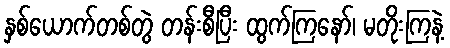
နှစ်ယောက်တစ်တွဲ တန်းစီပြီး ထွက်ကြနော်၊ မတိုးကြနဲ့